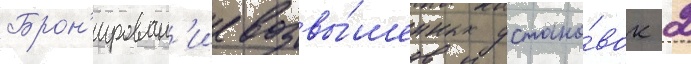
Брон'ирован'ие возвы́шенных устано́вок 2